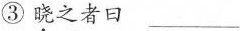
③\underset{·}{晓}之者曰___